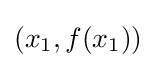
(x_{1},f(x_{1}))